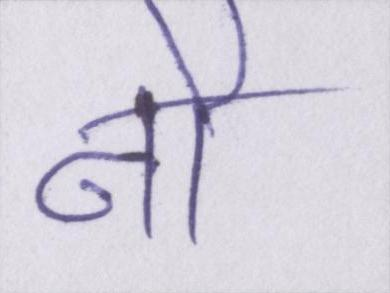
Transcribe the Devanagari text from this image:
नौ